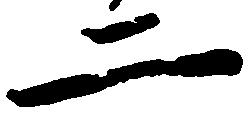
二